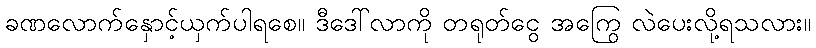
ခဏလောက်နှောင့်ယှက်ပါရစေ။ ဒီဒေါ်လာကို တရုတ်ငွေ အကြွေ လဲပေးလို့ရသလား။